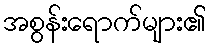
အစွန်းရောက်များ၏